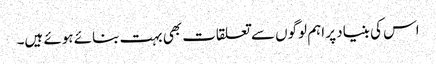
اس کی بنیاد پر اہم لوگوں سے تعلقات بھی بہت بنائے ہوئے ہیں۔